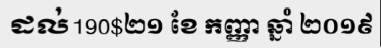
ដល់190$២១ ខែ កញ្ញា ឆ្នាំ ២០១៩